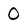
Character: O